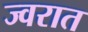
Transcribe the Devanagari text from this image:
ज्वरात